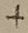
Text: +